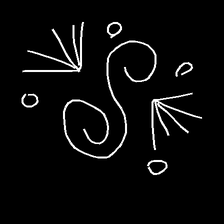
Glyph: aeroform